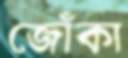
জোঁকা